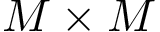
M \times M